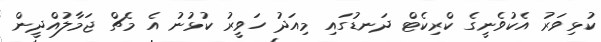
ކުޅިވަރު އެކުވެނީގެ ކްރިކެޓް ދަނޑުގައި މިއަދު ހަވީރު ކުޅުނު އެ މެޗް ޖަމާލުއްދީން